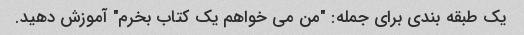
یک طبقه بندی برای جمله: "من می خواهم یک کتاب بخرم" آموزش دهید.